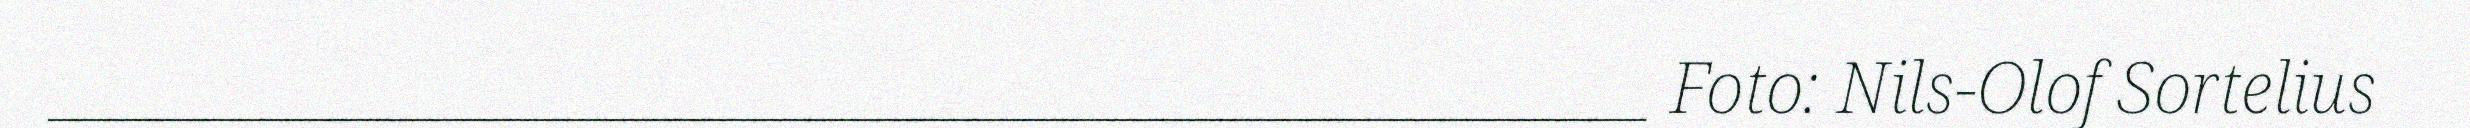
_________________________________________________ Foto: Nils-Olof Sortelius